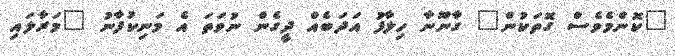
"ކޮންމެވެސް ގޮތަކުން" ގާނޫނާ ހިލާފު އަދަބެއް ދީގެން ނުވަތަ އެ މަނިކުފާނު "މަރާލައި